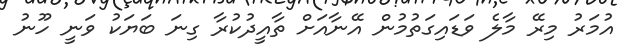
އުމަރު މިރޭ މާލެ ވަޑައިގަތުމުން އޭނާއަށް ތާއީދުކުރާ ގިނަ ބަޔަކު ވަނީ ހޫނު